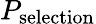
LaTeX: P_{\mathrm{selection}}